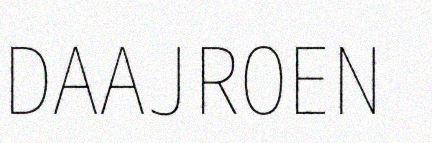
DAAJROEN